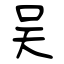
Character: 吴